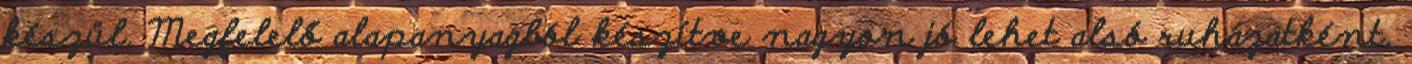
készül. Megfelelő alapanyagból készítve nagyon jó lehet alsó ruházatként,